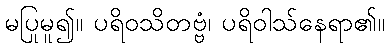
မပြုမူ၍။ ပရိဝသိတဗ္ဗံ၊ ပရိဝါသ်နေရာ၏။